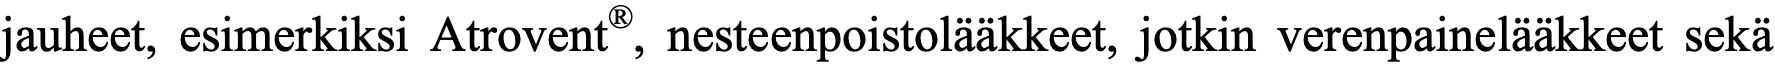
jauheet, esimerkiksi Atrovent®, nesteenpoistolääkkeet, jotkin verenpainelääkkeet sekä